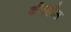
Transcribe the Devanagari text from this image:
कील्हौल